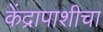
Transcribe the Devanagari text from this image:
केंद्रापाशीचा